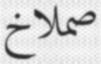
صملاخ